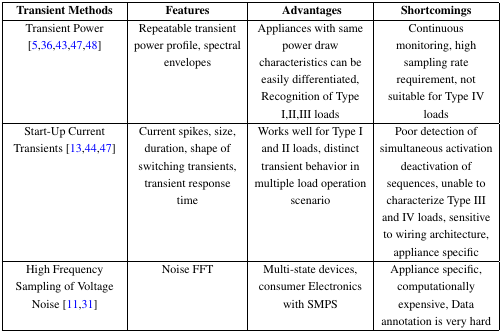
<table><thead><tr><td><b>Transient Methods</b></td><td><b>Features</b></td><td><b>Advantages</b></td><td><b>Shortcomings</b></td></tr></thead><tbody><tr><td>Transient Power [5,36,43,47,48]</td><td>Repeatable transient power profile, spectral envelopes</td><td>Appliances with same power draw characteristics can be easily differentiated, Recognition of Type I,II,III loads</td><td>Continuous monitoring, high sampling rate requirement, not suitable for Type IV loads</td></tr><tr><td>Start-Up Current Transients [13,44,47]</td><td>Current spikes, size, duration, shape of switching transients, transient response time</td><td>Works well for Type I and II loads, distinct transient behavior in multiple load operation scenario</td><td>Poor detection of simultaneous activation deactivation of sequences, unable to characterize Type III and IV loads, sensitive to wiring architecture, appliance specific</td></tr><tr><td>High Frequency Sampling of Voltage Noise [11,31]</td><td>Noise FFT</td><td>Multi-state devices, consumer Electronics with SMPS</td><td>Appliance specific, computationally expensive, Data annotation is very hard</td></tr></tbody></table>